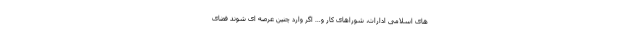
های اسلامی ادارات، شوراهای کار و… اگر وارد چنین عرصه ای شوند فضای